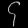
Digit: ၄